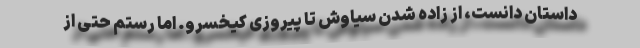
داستان دانست، از زاده شدن سیاوش تا پیروزی کیخسرو. اما رستم حتی از